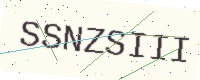
Text: SSNZSIII